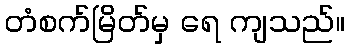
တံစက်မြိတ်မှ ရေ ကျသည်။